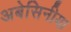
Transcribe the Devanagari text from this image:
अबेसिनीया